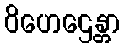
ဝိဟေဌေန္တာ